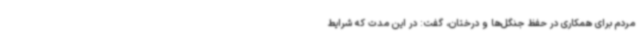
مردم برای همکاری در حفظ جنگل‌ها و درختان، گفت: در این مدت که شرایط